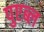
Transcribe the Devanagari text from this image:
पुएब्ल